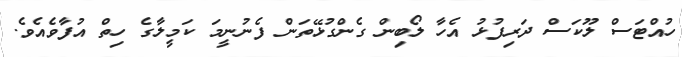
ހުއްޓަސް ލޫކަސް ދަރިފުޅު އެހާ ލޯބިން ގެންގުޅޭތަން ފެނުނީމަ ކަމީލާގެ ހިތް އުފާވެއެވެ.